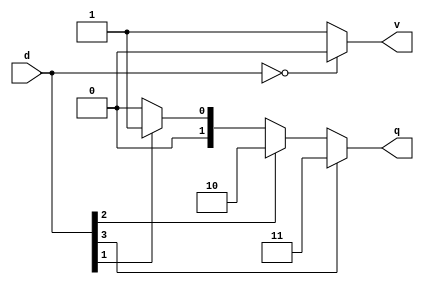
module prio_enc1_4to2 (
    input [3:0] d,
    output reg [1:0] q,
    output reg v
    );
  
    // Decode the priority of the set bits
    always @(*) begin
        if (d[3])
            q = 2'd3;
        else if (d[2])
            q = 2'd2;
        else if (d[1])
            q = 2'd1;
        else
            q = 2'd0;
    end
  
    // Valid is asserted when any bit is set
    always @(*) begin
        if (!d)
            v = 0;
        else
            v = 1;
    end  
  
endmodule